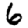
Digit: 6